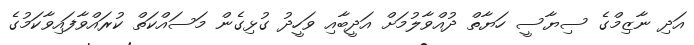
އަދި ނާޒިމްގެ ސިޔާސީ ހަޔާތް ދުއްވާލުމަށް އަދީބާއި ވަހީދު ގުޅިގެން މަސައްކަތް ކުރައްވާފައިވާކަމުގެ